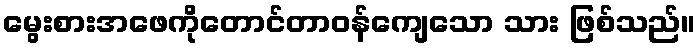
မွေးစားအဖေကိုတောင်တာဝန်ကျေသော သား ဖြစ်သည်။